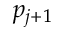
p _ { j + 1 }